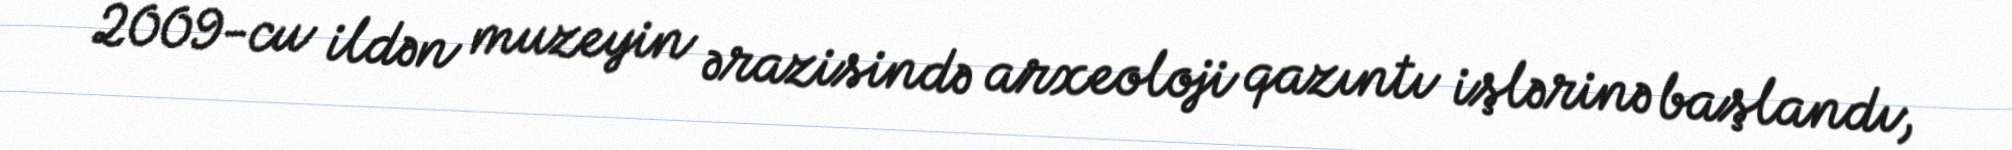
2009-cu ildən muzeyin ərazisində arxeoloji qazıntı işlərinə başlandı,